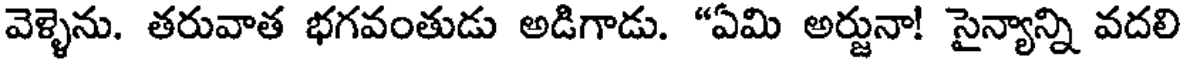
వెళ్ళెను. తరువాత భగవంతుడు అడిగాడు. "ఏమి అర్జునా! సైన్యాన్ని వదలి